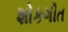
શોકગીત